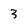
Character: 3